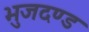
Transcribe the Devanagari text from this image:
भुजदण्ड